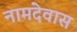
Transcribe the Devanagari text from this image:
नामदेवास